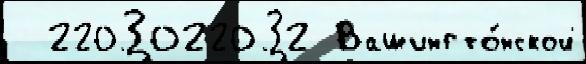
  2203022032 Вашингто́нской